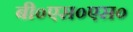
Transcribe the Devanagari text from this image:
बी०एस०एस०